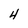
Character: 4